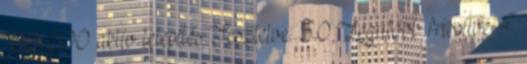
100 000 aktív telepítés Tesztelve: 5.0 Legutóbb frissítve 4